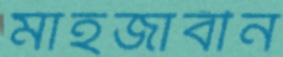
মাহজাবীন